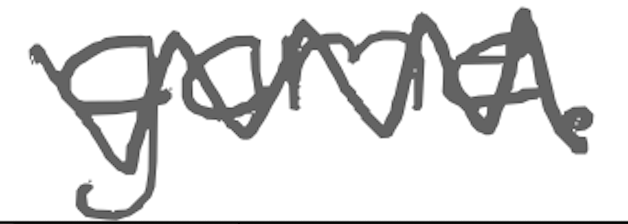
Text: game.
Cross-out: zig-zag
Writing tool: digital_gray